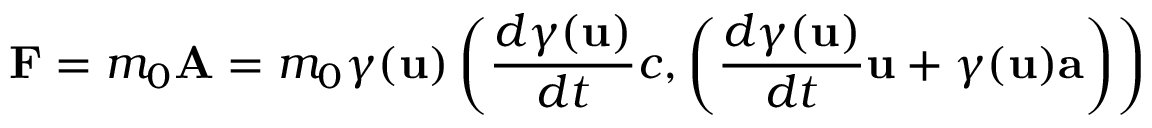
\mathbf { F } = m _ { 0 } \mathbf { A } = m _ { 0 } \gamma ( \mathbf { u } ) \left( { \frac { d { \gamma } ( \mathbf { u } ) } { d t } } c , \left( { \frac { d { \gamma } ( \mathbf { u } ) } { d t } } \mathbf { u } + \gamma ( \mathbf { u } ) \mathbf { a } \right) \right)